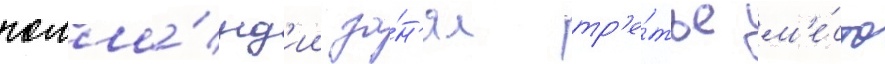
голла́нд'ии за́н'ял тр'е́тье м'е́сто